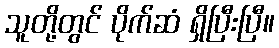
သူတို့တွင် ပိုက်ဆံ ရှိပြီးပြီ။